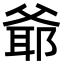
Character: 爺